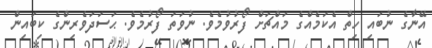
އޭނާގެ ނުބައި ހިތް އެކަމެއްގެ މައްޗަށް ފޯރުވުމެވެ. ނުވަތަ ފޯރުމެވެ. ޙަސަދަވެރިންގެ ކިބައިން